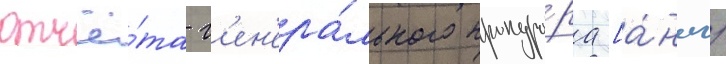
отчё́та г'ен'ера́льного прокуро́ра [а́нгл.